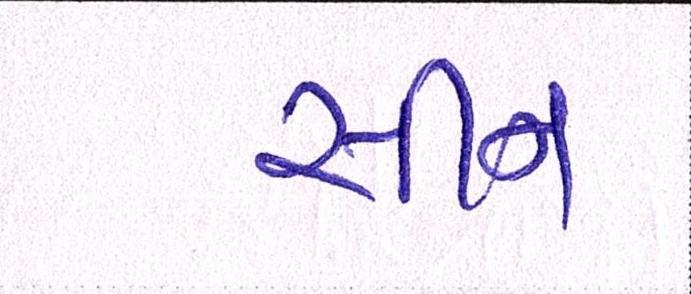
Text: સીન